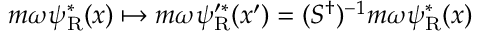
m \omega \psi _ { \mathrm { { R } } } ^ { * } ( x ) \mapsto m \omega \psi _ { \mathrm { { R } } } ^ { \prime * } ( x ^ { \prime } ) = ( S ^ { \dagger } ) ^ { - 1 } m \omega \psi _ { \mathrm { { R } } } ^ { * } ( x )